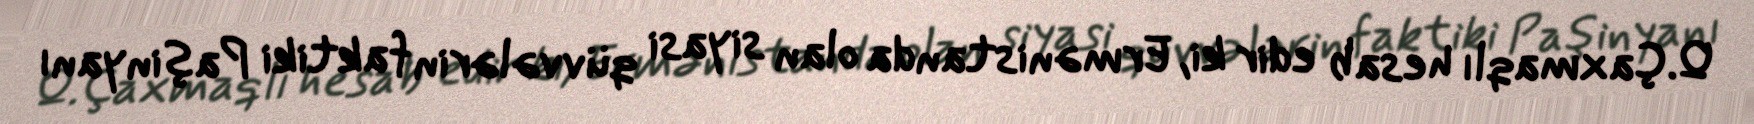
Q.Çaxmaqlı hesab edir ki, Ermənistanda olan siyasi qüvvələrin faktiki Paşinyanı